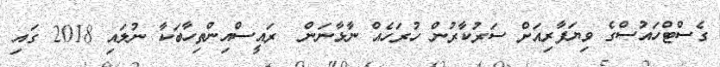
ގެސްޓްހައުސްގެ ވިޔަފާރިއަށް ސަރުކާރުން ހުރަހެއް ނާޅާނަން  ރައީސްއިންތިހާބަކާ ނުލައި 2018 ގައި